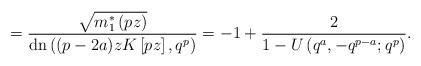
LaTeX: \begin{align*}=\frac{\sqrt{m^{*}_1\left(pz\right)}}{\textrm{dn}\left((p-2a)zK\left[pz\right],q^p\right)}=-1+\frac{2}{1-U\left(q^a,-q^{p-a};q^p\right)}.\end{align*}